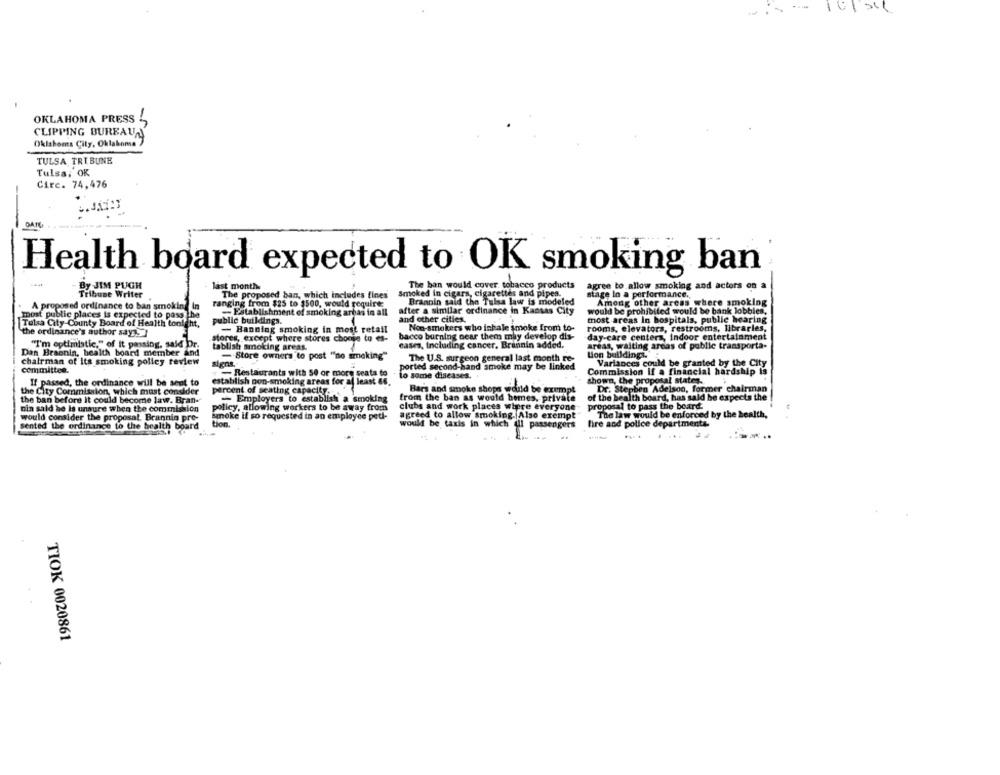
101 54
OKLAHOMA PRESS
CLIPPING BUREAU
Oklahoma City, Oklakoma
TULSA TRIBUNE
Tulsa, OK
Circ. 74,476
--
Health board expected to OK smoking ban
By JIM PUGH
last month
The ban would cover tobacco products
agree to allow smoking and actors on a
Tribune Writer
The proposed ban, which includes fines
Smoked in cigars, cigarettes and pipes.
stage In a performance .,
ranging from $25 to $500, would require;
Brannin said the Tulsa law is modeled
Among other areas where smoking
A proposed ordinance to ban smoking
- Establishment of smoking areas in all
after a similar ordinance in Kansas City
would be prohibited would be bank lobbies,
most public places is expected to pass the
public buildings.
and other cities.
most areas In hospitals, public hearing
Tulsa City-County Board of Health tonight,
the ordinance's author says. ]
- Banning smoking in most retail
Non-smokers who inhale smoke from to-
rooms, elevators, restrooms, libraries,
stores, except where stores choose to es-
bacco burning near them may develop dis-
day-care centerz, Indoor entertainment
"I'm optimistic." of it passing, said Dr.
tablish smoking areas.
cases, including cancer. Brannin added,
areas, waiting areas of public transporta-
Dan Braonin, health board member and
- Store owners to post "no smoking""
Lion buildings.
chairman of Its smoking polley review
signe.
The U.S. surgeon general last month re-
Variances could be granted by the City
committee.
- Restaurants with 50 or more seata to
ported second-hand smoke may be linked
Commission If a financial hardship is
establish non-smoking areas for at least 86.
to some diseases.
shown, the proposal states.
If passed, the ordinance will be sent to
Dr. Stephen Adelson, former chairman
the City Commission, which must consider
percent of seating capacity.
Bars and smoke shops would be exempt
the ban before it could become law. Bran-
Employers to establish a smoking
from the ban as would bemes, private
of the health board, has said he expects the
nin said he is unsure when the commission
policy, allowing workers to be away from
clubs and work places where everyone
proposal to pass the beard:
would consider the proposal. Brannin pre-
smoke if so requested in an employee petl-
agreed to allow smoking. Also exempt
The law would be enforced by the health,
sented the ordinance to the health board
tion.
would be taxis in which all passengers
fire and police departments.
----
TIOK 0020861